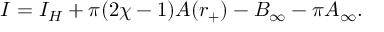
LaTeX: I = I _ { H } + \pi ( 2 \chi - 1 ) A ( r _ { + } ) - B _ { \infty } - \pi A _ { \infty } .